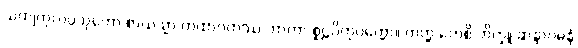
သကျကုလပ္ပသုတော စာယသ္မာ တထာဂတဿ ဘာတာ စူဠပိတုပုတ္တော။ တတ္ထ ကေစိ ဘိက္ခူ ဆန္ဒာဂမနံ